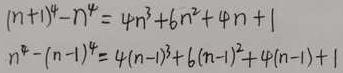
\begin{align*}
(n + 1)^4 - n^4&=4n^3+6n^2 + 4n+1\\
n^4-(n - 1)^4&=4(n - 1)^3+6(n - 1)^2+4(n - 1)+1
\end{align*}